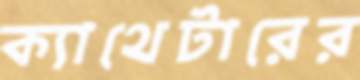
ক্যাথেটারের